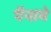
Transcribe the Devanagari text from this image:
पैनामे